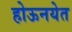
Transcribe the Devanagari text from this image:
होऊनयेत